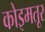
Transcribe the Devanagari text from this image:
कोइमतूर